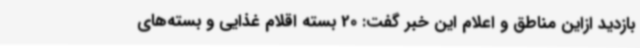
بازدید ازاین مناطق و اعلام این خبر گفت: 20 بسته اقلام غذایی و بسته‌های